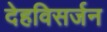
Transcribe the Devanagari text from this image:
देहविसर्जन